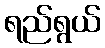
ရည်ရွယ်